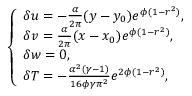
\left\{ \begin{array} { l l } { \delta u = - \frac { \alpha } { 2 \pi } ( y - y _ { 0 } ) e ^ { \phi ( 1 - r ^ { 2 } ) } , } \\ { \delta v = \frac { \alpha } { 2 \pi } ( x - x _ { 0 } ) e ^ { \phi ( 1 - r ^ { 2 } ) } , } \\ { \delta w = 0 , } \\ { \delta T = - \frac { \alpha ^ { 2 } ( \gamma - 1 ) } { 1 6 \phi \gamma \pi ^ { 2 } } e ^ { 2 \phi ( 1 - r ^ { 2 } ) } , } \end{array} \right.